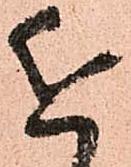
近